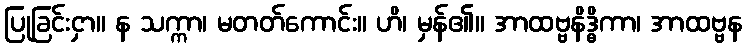
ပြုခြင်းငှာ။ န သက္ကာ၊ မတတ်ကောင်း။ ဟိ၊ မှန်၏။ အာထဗ္ဗနိဒ္ဓိကာ၊ အာထဗ္ဗန